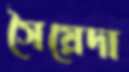
সৈয়েদা